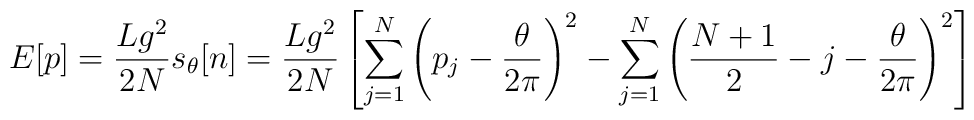
E[p] = \frac{Lg^2}{2N} s_\theta[n] = \frac{Lg^2}{2N} \left[ \sum_{j=1}^N \left( p_j - \frac{\theta}{2 \pi} \right) ^2 - \sum_{j=1}^N \left( \frac{N+1}{2} - j - \frac{\theta}{2 \pi} \right) ^2 \right]